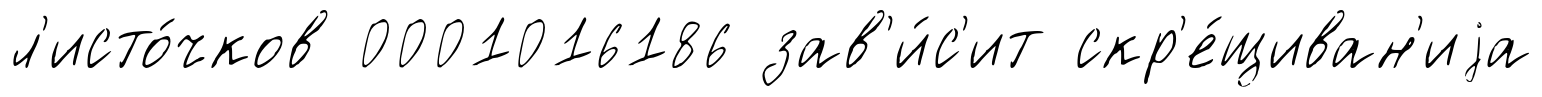
л'исто́чков 0001016186 зав'и́с'ит скр'е́щиван'иjа